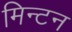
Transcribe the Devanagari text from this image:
मिन्टन